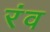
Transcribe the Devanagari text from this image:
रंव